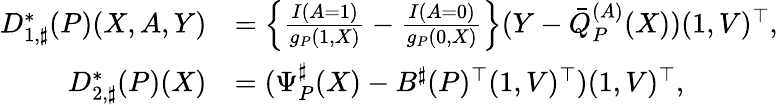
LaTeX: \begin{array}{rl}{D_{1,\sharp}^{*}(P)(X,A,Y)}&{=\left\{ \frac{I(A=1)}{g_{P}(1,X)}-\frac{I(A=0)}{g_{P}(0,X)}\right\} (Y-\bar{Q}_{P}^{(A)}(X))(1,V)^{\top},}\\ {D_{2,\sharp}^{*}(P)(X)}&{=(\Psi_{P}^{\sharp}(X)-B^{\sharp}(P)^{\top}(1,V)^{\top})(1,V)^{\top},}\end{array}